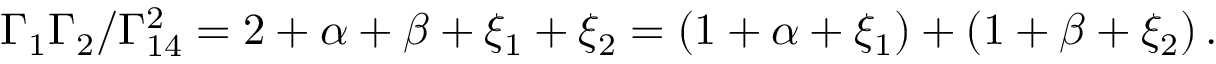
\Gamma _ { 1 } \Gamma _ { 2 } / \Gamma _ { 1 4 } ^ { 2 } = 2 + \alpha + \beta + \xi _ { 1 } + \xi _ { 2 } = ( 1 + \alpha + \xi _ { 1 } ) + ( 1 + \beta + \xi _ { 2 } ) \, .